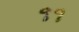
૧૧